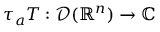
\tau _ { a } T : { \mathcal { D } } ( \mathbb { R } ^ { n } ) \to \mathbb { C }